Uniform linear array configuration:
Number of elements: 8
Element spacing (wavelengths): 0.25
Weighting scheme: hamming
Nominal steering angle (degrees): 15
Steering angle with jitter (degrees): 14.904
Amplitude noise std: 0.05
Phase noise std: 0.05

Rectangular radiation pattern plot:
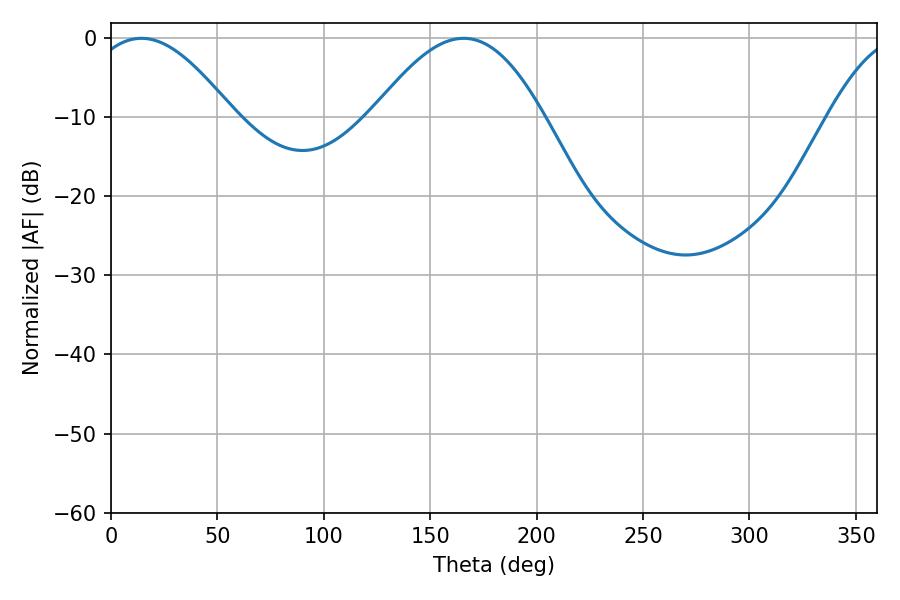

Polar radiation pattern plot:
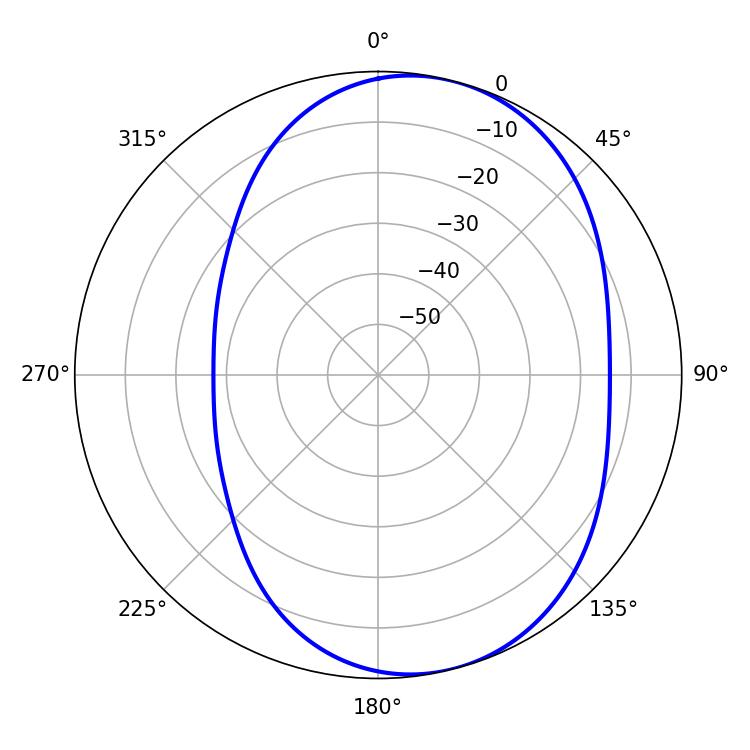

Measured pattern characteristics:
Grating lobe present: FALSE
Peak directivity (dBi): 6.331
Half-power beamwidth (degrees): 37.08
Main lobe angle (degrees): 14.22